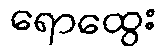
ရောထွေး